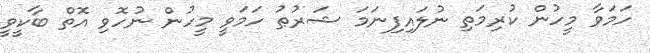
ހަމަވާ މީހުން ކުރިމަތި ނުލައިފިނަމަ ޝަރުޠު ހަމަވީ މީހުން ނުހޮވި އޮތް ބާކީވީ